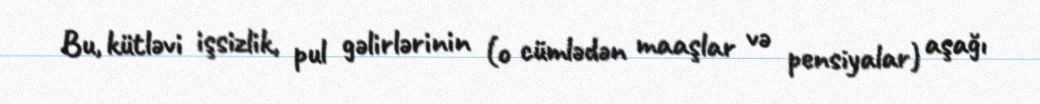
Bu, kütləvi işsizlik, pul gəlirlərinin (o cümlədən maaşlar və pensiyalar) aşağı